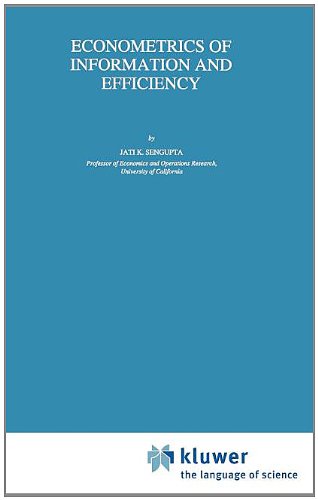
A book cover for Econometrics of Information and Efficiency (Theory and Decision Library B); Jati Sengupta; Science & Math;